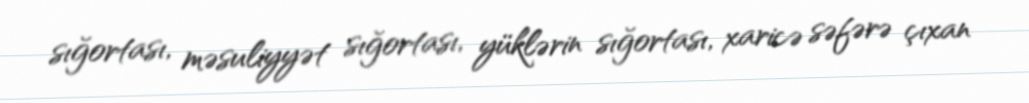
sığortası, məsuliyyət sığortası, yüklərin sığortası, xaricə səfərə çıxan